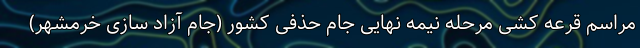
مراسم قرعه کشی مرحله نیمه نهایی جام حذفی کشور (جام آزاد سازی خرمشهر)